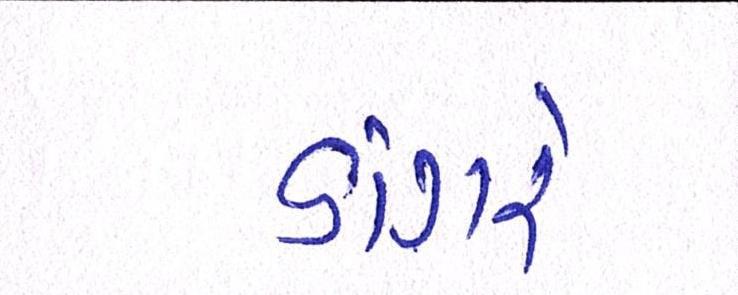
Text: ડાંગરે